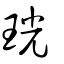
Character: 珖